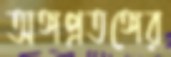
অঙ্গপ্রতঙ্গের